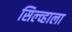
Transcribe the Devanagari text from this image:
सिल्व्हाला